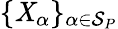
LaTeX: \{ \mathit{X}_{\alpha}\} _{\alpha\in\mathcal{S}_{P}}